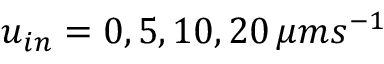
u _ { i n } = 0 , 5 , 1 0 , 2 0 \, \mu m s ^ { - 1 }